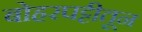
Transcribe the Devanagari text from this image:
बोहरपट्टीतून